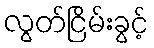
လွတ်ငြိမ်းခွင့်